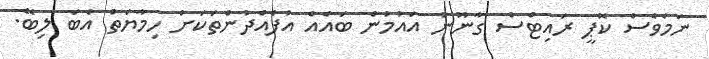
ނަމަވެސް ކޮޕީ ރައިޓްސް ގާނޫނު އައުމުން ބައެއް އުފެއްދުންތަކަށް ހިމާޔަތް އެބަ ލިބޭ.